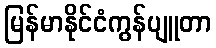
မြန်မာနိုင်ငံကွန်ပျူတာ